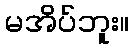
မအိပ်ဘူး။